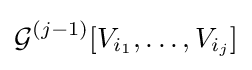
{\mathcal {G}}^{(j-1)}[V_{i_{1}},\ldots ,V_{i_{j}}]